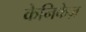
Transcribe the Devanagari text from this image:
केनिकेज़